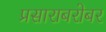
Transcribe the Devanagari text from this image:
प्रसाराबरोबर